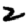
Digit: 2